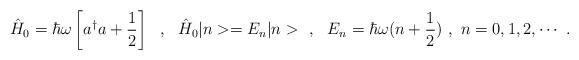
LaTeX: \begin{align*}\hat{H}_0=\hbar\omega\left[a^\dagger a+\frac{1}{2}\right]\ \ ,\ \ \hat{H}_0|n>=E_n|n>\ \ ,\ \ E_n=\hbar\omega(n+\frac{1}{2})\ ,\ n=0,1,2,\cdots\ .\end{align*}